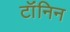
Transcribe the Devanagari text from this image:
टॉंनिन